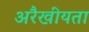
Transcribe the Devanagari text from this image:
अरैखीयता